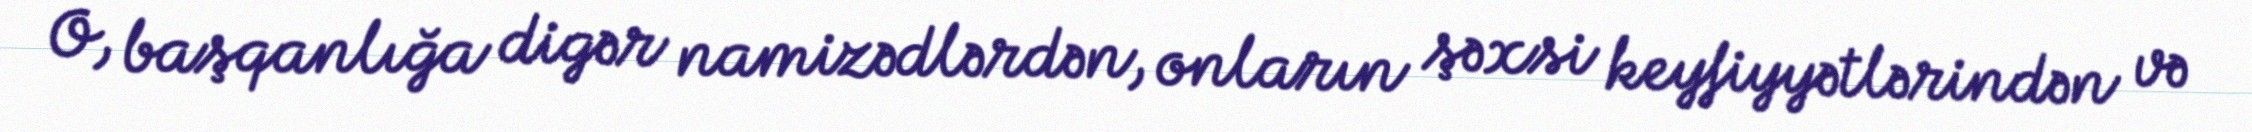
O, başqanlığa digər namizədlərdən, onların şəxsi keyfiyyətlərindən və